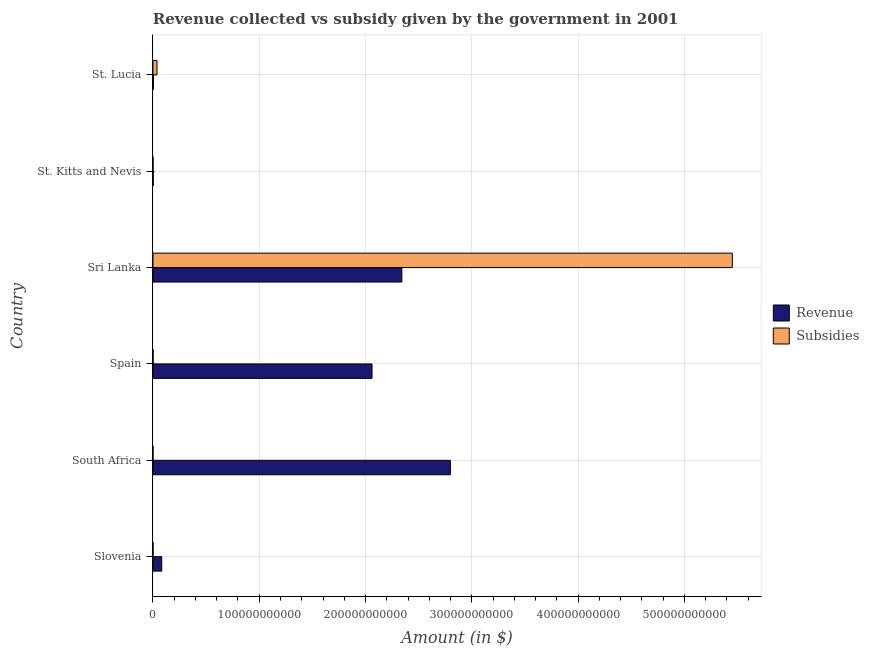
| Country | Revenue | Subsidies |
 | --- | --- | --- |
 | Slovenia | 8.27e+09 | 7.1e+07 |
 | South Africa | 2.8e+11 | 4.97e+07 |
 | Spain | 2.06e+11 | 1.33e+08 |
 | Sri Lanka | 2.34e+11 | 5.45e+11 |
 | St. Kitts and Nevis | 2.67e+08 | 1.01e+08 |
 | St. Lucia | 4.42e+08 | 3.81e+09 |